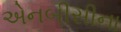
એનબીસીના